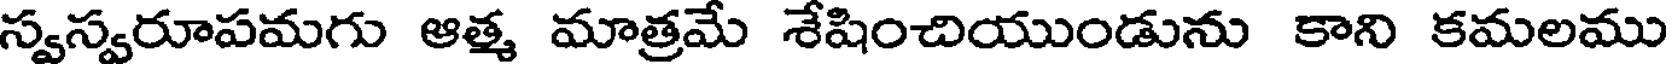
స్వస్వరూపమగు ఆత్మ మాత్రమే శేషించియుండును కాని కమలము